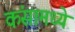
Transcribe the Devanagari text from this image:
कंसामध्ये